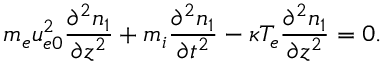
m _ { e } u _ { e 0 } ^ { 2 } \frac { \partial ^ { 2 } n _ { 1 } } { \partial z ^ { 2 } } + m _ { i } \frac { \partial ^ { 2 } n _ { 1 } } { \partial t ^ { 2 } } - \kappa T _ { e } \frac { \partial ^ { 2 } n _ { 1 } } { \partial z ^ { 2 } } = 0 .